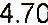
4.70